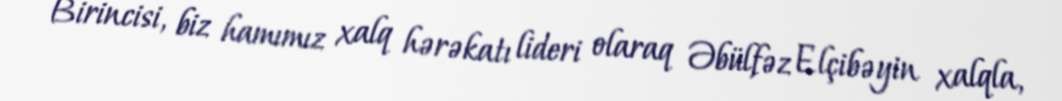
Birincisi, biz hamımız xalq hərəkatı lideri olaraq Əbülfəz Elçibəyin xalqla,